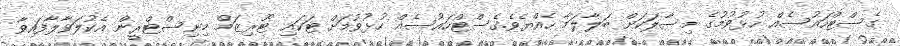
ގެސްޓްހައުސެއް ހުޅުވުމުގެ މިސާލަކަށް ބަލާލަމާ ހެއްޔެވެ.ގެސްޓްހައުސެއް ހުޅުވުމަށް ޓަކައި ޓޫރިޒަމް މިނިސްޓްރީން އެކުލަވާލާފައިވާ